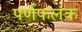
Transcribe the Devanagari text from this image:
पर्णफलक